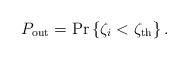
LaTeX: \begin{align*}P_\mathrm{out}=\mathrm{Pr}\left\{\zeta_i<\zeta_\mathrm{th}\right\}.\end{align*}